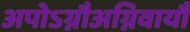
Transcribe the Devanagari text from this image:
अपोऽग्नौअग्निवायौ